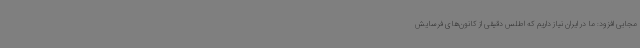
مجابی افزود: ما در ایران نیاز داریم که اطلس دقیقی از کانون‌های فرسایش